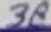
Text: 38